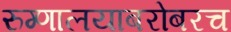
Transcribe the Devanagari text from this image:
रुग्णालयाबरोबरच